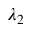
\lambda _ { 2 }